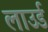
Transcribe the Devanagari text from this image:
लाउर्ड